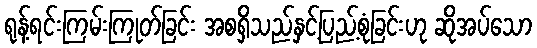
ရုန့်ရင်းကြမ်းကြုတ်ခြင်း အစရှိသည်နှင့်ပြည့်စုံခြင်းဟု ဆိုအပ်သော